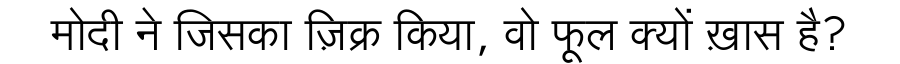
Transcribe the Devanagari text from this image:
मोदी ने जिसका ज़िक्र किया, वो फूल क्यों ख़ास है?